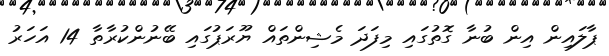
ޕާލައިން އިން ބުނާ ގޮތުގައި މިފަދަ މެޝިންތައް ޔޫރަޕުގައި ބޭނުންކުރާތާ 14 އަހަރު